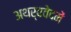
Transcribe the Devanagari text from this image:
अथर्ववेदमें